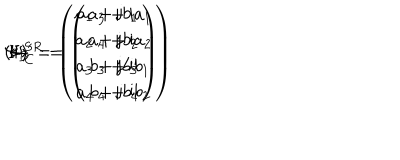
( I ) ^ { \prime } \hspace { 7 m m } \Psi _ { \bf D } = \left( \begin{array} { c } { { a _ { 1 } + \mathrm { j } b _ { 1 } } } \\ { { a _ { 2 } + \mathrm { j } b _ { 2 } } } \\ { { a _ { 3 } + \mathrm { j } b _ { 3 } } } \\ { { a _ { 4 } + \mathrm { j } b _ { 4 } } } \\ \end{array} \right) \hspace { 5 m m } \leftrightarrow \hspace { 5 m m } \Psi _ { \bf C } ^ { S R } = \left( \begin{array} { c } { { a _ { 3 } + \mathrm { i } a _ { 1 } } } \\ { { a _ { 4 } + \mathrm { i } a _ { 2 } } } \\ { { b _ { 3 } + \mathrm { i } b _ { 1 } } } \\ { { b _ { 4 } + \mathrm { i } b _ { 2 } } } \\ \end{array} \right)